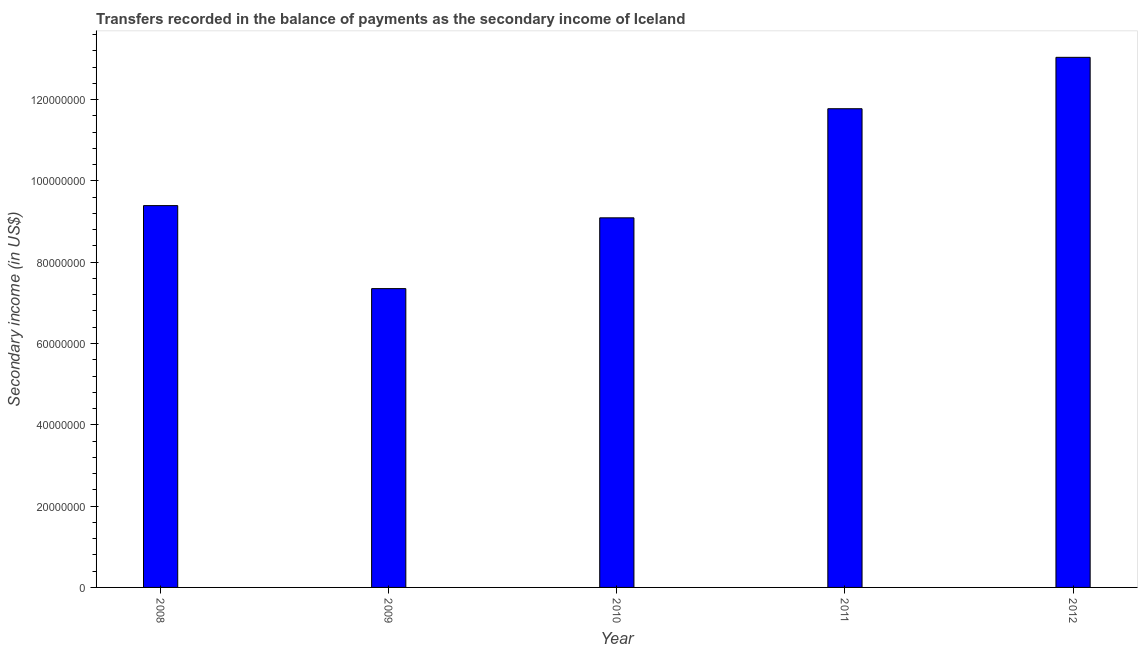
| Year | Secondary income |
 | --- | --- |
 | 2008 | 9.39e+07 |
 | 2009 | 7.35e+07 |
 | 2010 | 9.09e+07 |
 | 2011 | 1.18e+08 |
 | 2012 | 1.3e+08 |